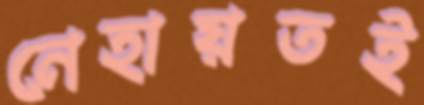
নেহায়তই